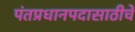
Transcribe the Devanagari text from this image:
पंतप्रधानपदासाठीचे